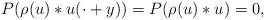
LaTeX: \begin{gather*}P(\rho(u)*u(\cdot + y))=P(\rho(u)*u)=0,\end{gather*}